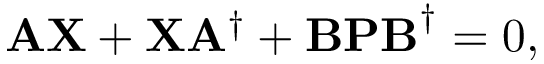
\mathbf { A \mathbf { } X } + \mathbf { X } \mathbf { A } ^ { \dagger } + \mathbf { B P B } ^ { \dagger } = 0 ,